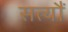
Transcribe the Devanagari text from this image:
सत्यौं